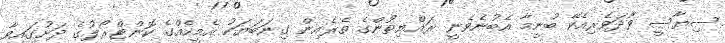
ސިޔާސީ ވާދަވެރިއެކޭ ބުނީމާ އެބުނެވެނީ ރައްޔިތުންގެ ތެރެއިން ގިނަބަޔަކު އެމީހެއްގެ ކޮންޓްރޯލުގެ ދަށުގައިވާ